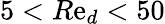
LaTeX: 5<R\mathrm{e}_{d}<50